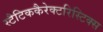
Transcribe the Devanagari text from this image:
स्टैटिककैरेक्टरिस्टिक्स